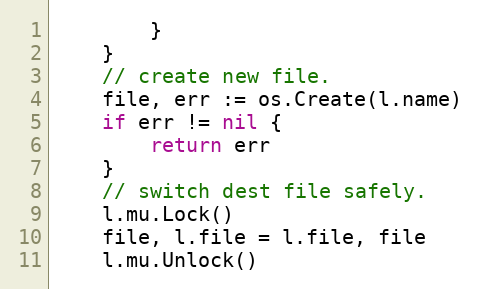
Language: Go
		}
	}
	// create new file.
	file, err := os.Create(l.name)
	if err != nil {
		return err
	}
	// switch dest file safely.
	l.mu.Lock()
	file, l.file = l.file, file
	l.mu.Unlock()